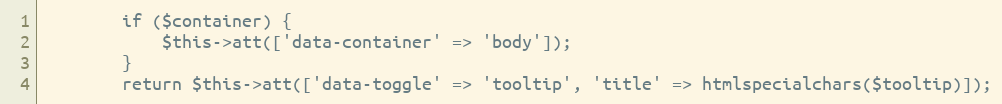
Language: PHP
        if ($container) {
            $this->att(['data-container' => 'body']);
        }
        return $this->att(['data-toggle' => 'tooltip', 'title' => htmlspecialchars($tooltip)]);